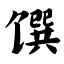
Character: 馔